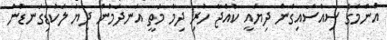
އެންމެގެ ސިއްސައިގެން ދިޔައީ ކުއްޖާ ހުރި ދިމާ މަތީ އަނދަމުން ދިޔަ ލަކުޑިގަނޑުން